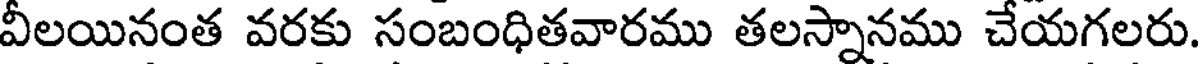
వీలయినంత వరకు సంబంధితవారము తలస్నానము చేయగలరు